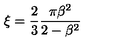
\xi = { \frac { 2 } { 3 } } { \frac { \pi \beta ^ { 2 } } { 2 - \beta ^ { 2 } } }